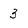
Character: 3